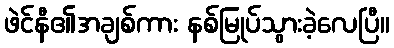
ဖဲင်နီ၏အချစ်ကား နစ်မြုပ်သွားခဲ့လေပြီ။